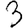
Digit: 3